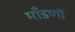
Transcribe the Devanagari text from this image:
माँडणों